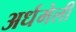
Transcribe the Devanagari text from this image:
अर्धमेली